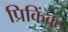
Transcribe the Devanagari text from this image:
प्रिकिंक्ट